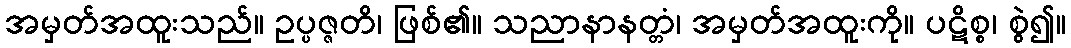
အမှတ်အထူးသည်။ ဥပ္ပဇ္ဇတိ၊ ဖြစ်၏။ သညာနာနတ္တံ၊ အမှတ်အထူးကို။ ပဋိစ္စ၊ စွဲ၍။